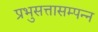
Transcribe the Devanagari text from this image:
प्रभुसत्तासम्पन्न